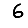
Digit: 6